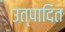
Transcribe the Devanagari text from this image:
उत्पादित